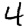
Digit: 4